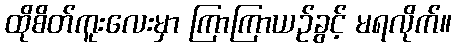
ထိုစိတ်ကူးလေးမှာ ကြာကြာယဉ်ခွင့် မရလိုက်။